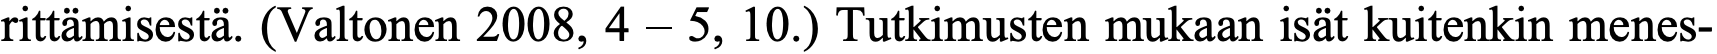
rittämisestä. (Valtonen 2008, 4 – 5, 10.) Tutkimusten mukaan isät kuitenkin menes-